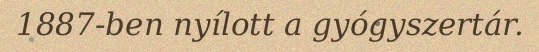
1887-ben nyílott a gyógyszertár.